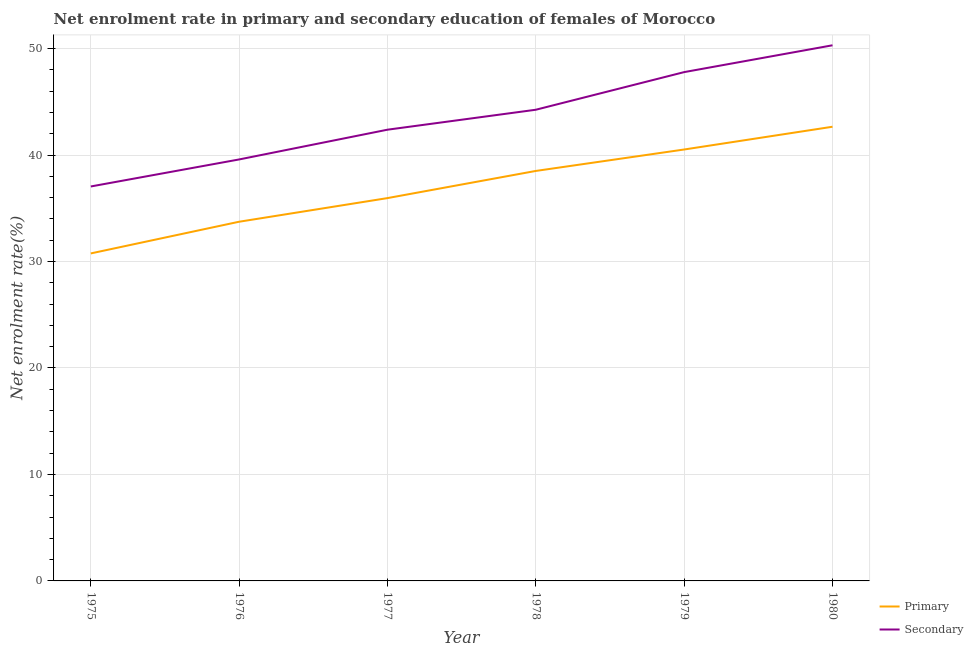
| Year | Primary | Secondary |
 | --- | --- | --- |
 | 1975 | 30.8 | 37 |
 | 1976 | 33.7 | 39.6 |
 | 1977 | 36 | 42.4 |
 | 1978 | 38.5 | 44.3 |
 | 1979 | 40.5 | 47.8 |
 | 1980 | 42.7 | 50.3 |